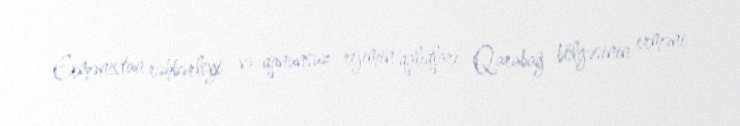
Ermənistan rəhbərliyi və qanunsuz rejimin qalıqları Qarabağ bölgəsinin erməni